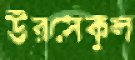
উরসেকুল